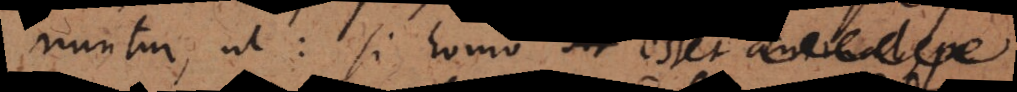
ponuntur, ut: si homo esset animal